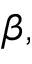
\beta ,